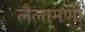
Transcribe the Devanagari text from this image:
लैलामणी